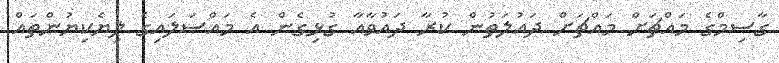
ގާސިމްގެ މައްޗަށް މައްޗަށް ދައުލަތުން ކުރާ ދައުވާއާ ގުޅިގެން އެ މައްސަލައިގެ ލިޔެކިޔުންތައް